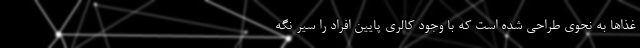
غذا‌ها به نحوی طراحی شده است که با وجود کالری پایین افراد را سیر نگه